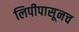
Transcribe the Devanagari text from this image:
लिपीपासूनच